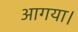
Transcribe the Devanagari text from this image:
आगया।